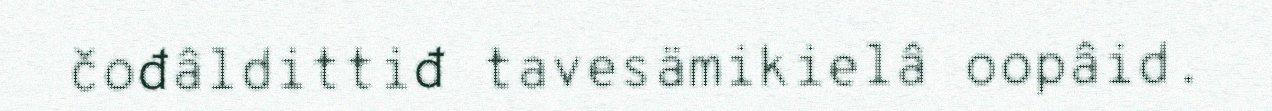
čođâldittiđ tavesämikielâ oopâid.